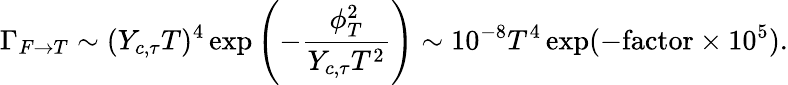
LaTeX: \Gamma_{F\rightarrow T}\sim(Y_{c,\tau}T)^{4}\exp\left(-\frac{\phi_{T}^{2}}{Y_{c,\tau}T^{2}}\right)\sim 10^{-8}T^{4}\exp(-\mathrm{factor}\times 10^{5}).